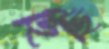
ছিছি